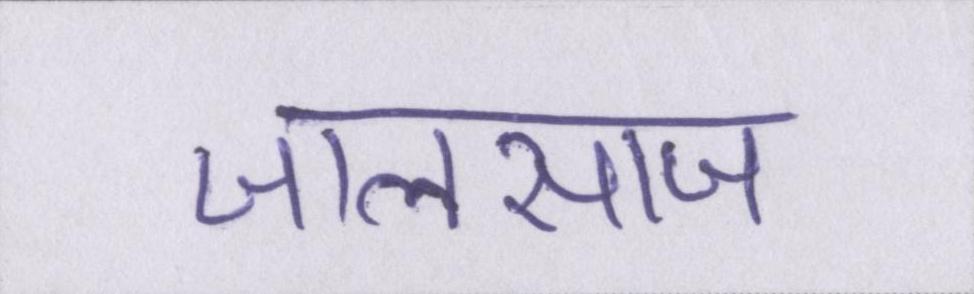
जालसाज